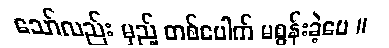
သော်လည်း မှည့် တစ်ပေါက် မစွန်းခဲ့ပေ ။